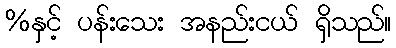
%နှင့် ပန်းသေး အနည်းငယ် ရှိသည်။